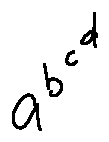
a ^ { b ^ { c ^ { d } } }